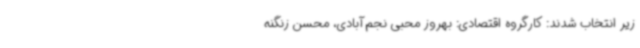
زیر انتخاب شدند: کارگروه اقتصادی: بهروز محبی نجم‌آبادی، محسن زنگنه